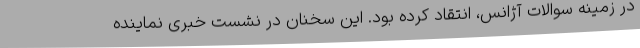
در زمینه سوالات آژانس، انتقاد کرده بود. این سخنان در نشست خبری نماینده